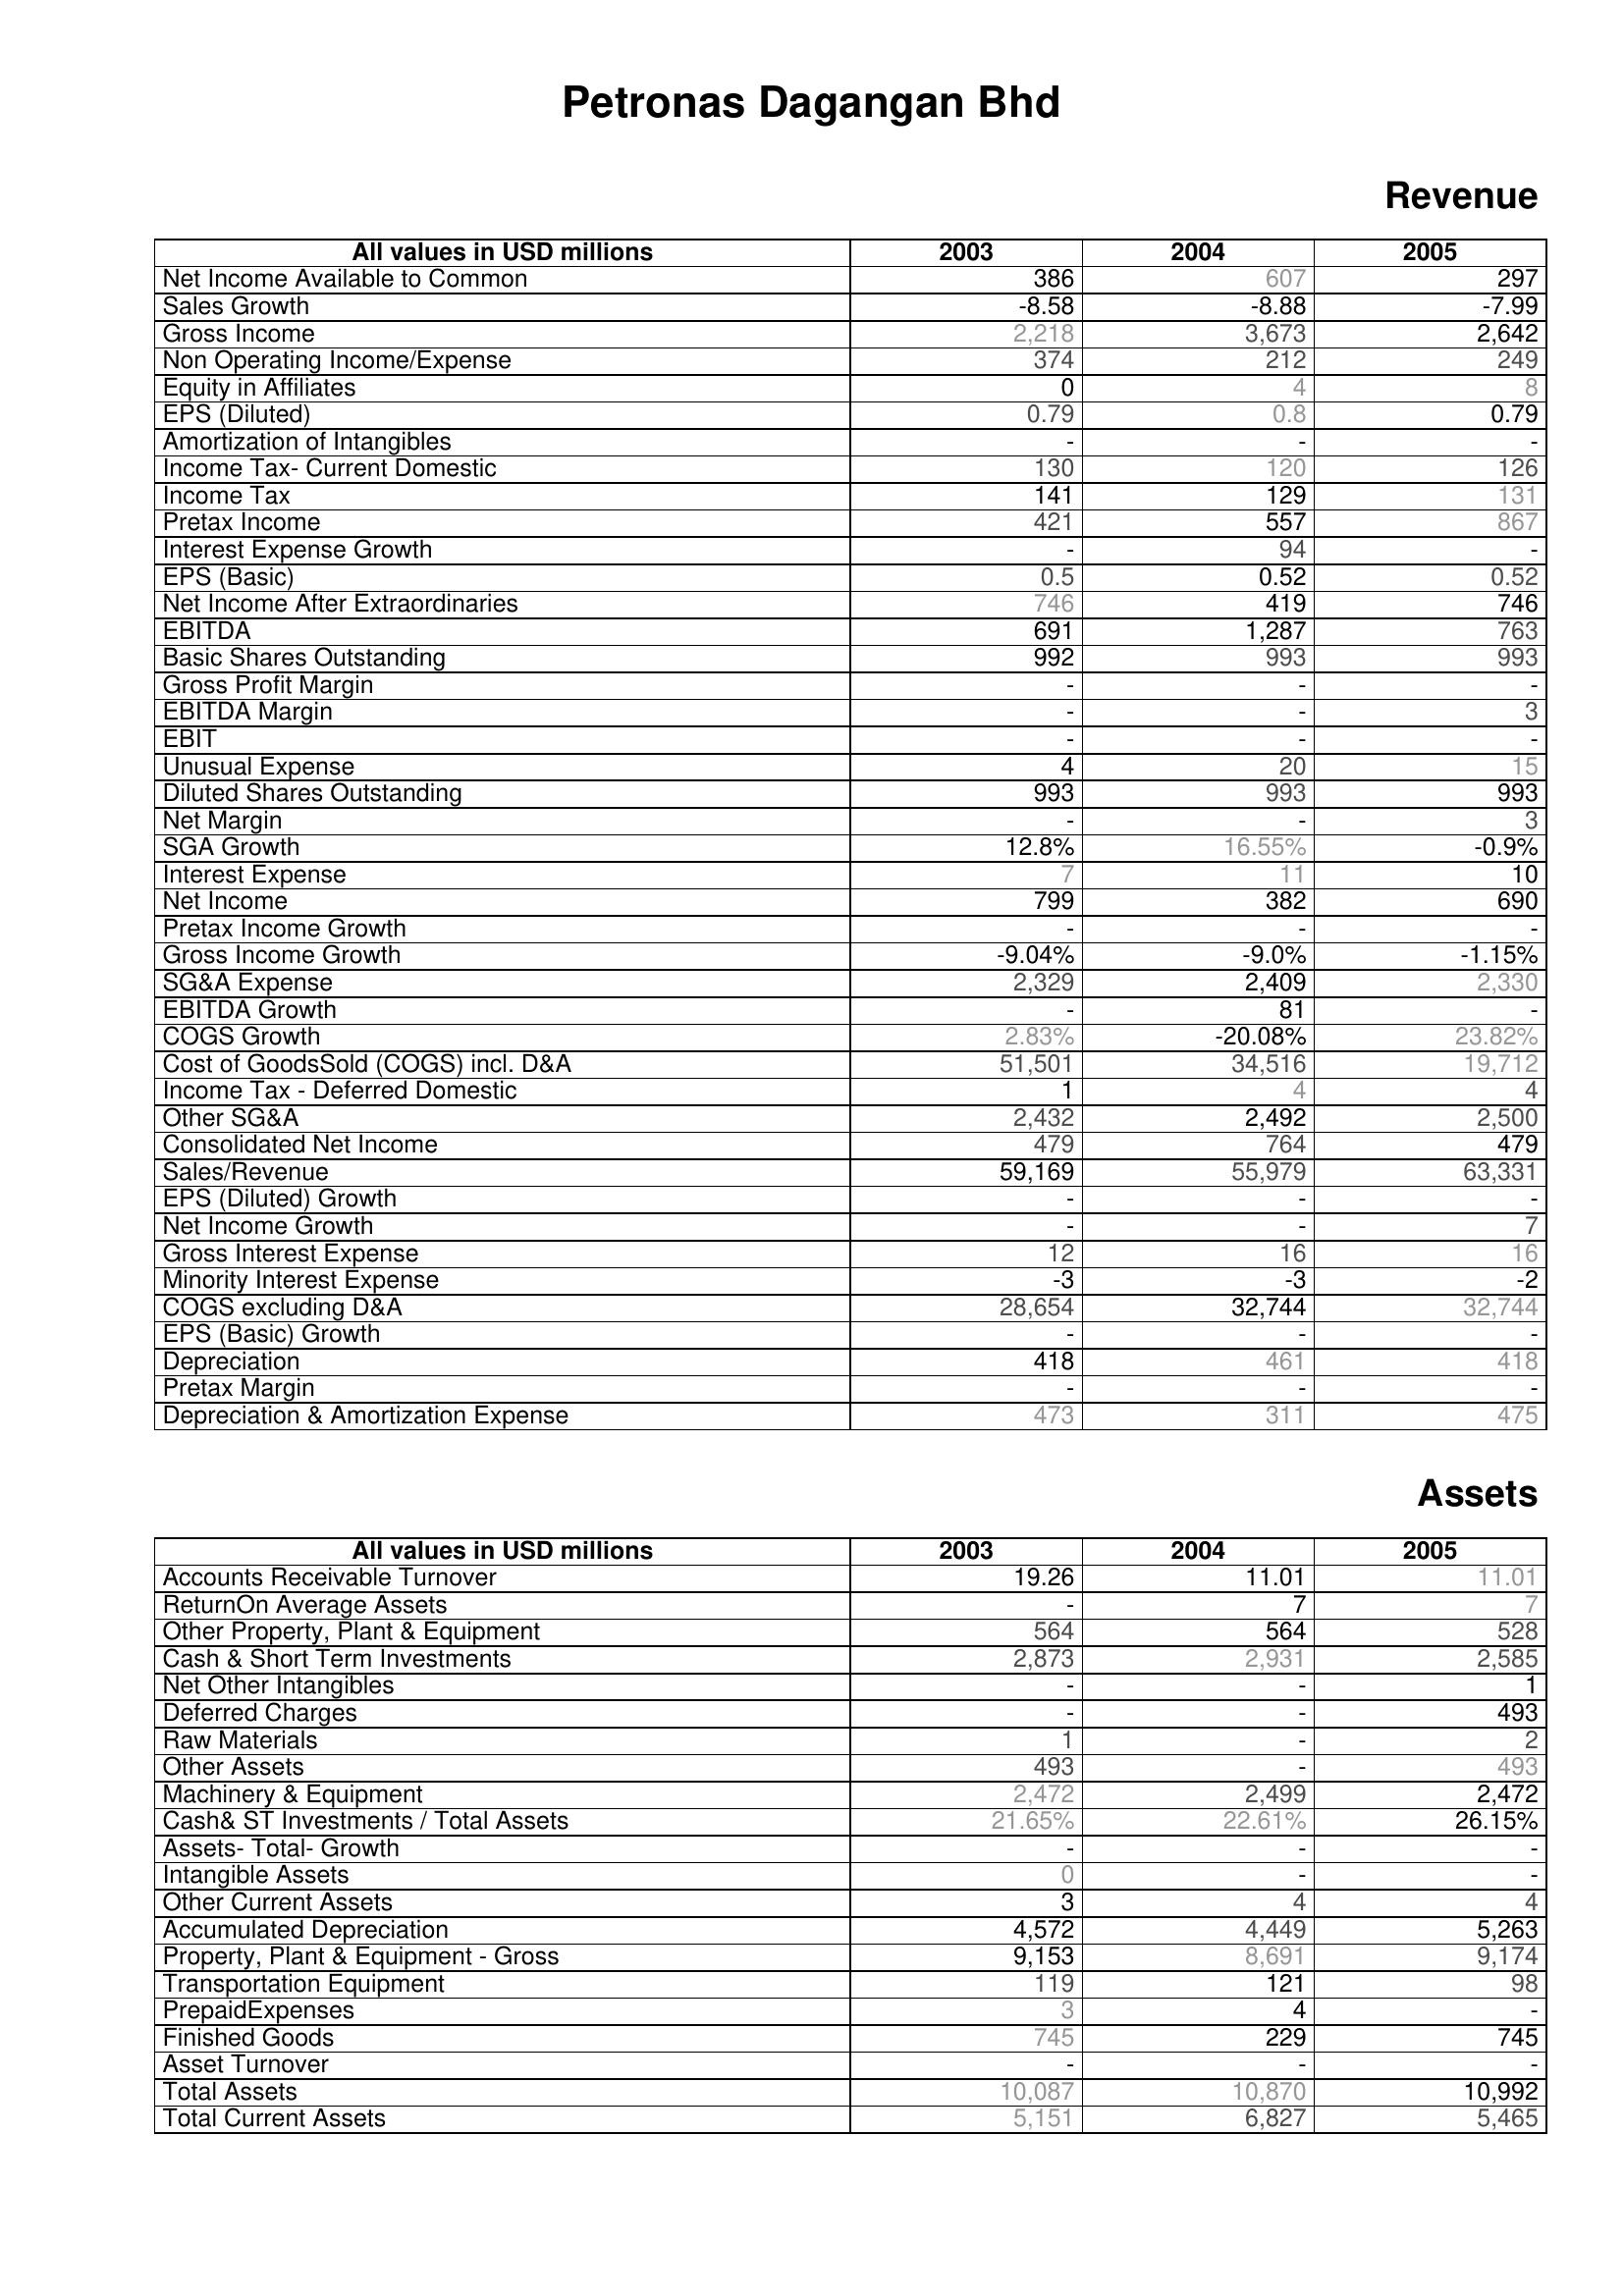
2003: Revenue: Net Income Available to Common: 386
Sales Growth: -8.58
Gross Income: 2,218
Non Operating Income/Expense: 374
Equity in Affiliates: 0
EPS (Diluted): 0.79
Amortization of Intangibles: -
Income Tax- Current Domestic: 130
Income Tax: 141
Pretax Income: 421
Interest Expense Growth: -
EPS (Basic): 0.5
Net Income After Extraordinaries: 746
EBITDA: 691
Basic Shares Outstanding: 992
Gross Profit Margin: -
EBITDA Margin: -
EBIT: -
Unusual Expense: 4
Diluted Shares Outstanding: 993
Net Margin: -
SGA Growth: 12.8%
Interest Expense: 7
Net Income: 799
Pretax Income Growth: -
Gross Income Growth: -9.04%
SG&A Expense: 2,329
EBITDA Growth: -
COGS Growth: 2.83%
Cost of GoodsSold (COGS) incl. D&A: 51,501
Income Tax - Deferred Domestic: 1
Other SG&A: 2,432
Consolidated Net Income: 479
Sales/Revenue: 59,169
EPS (Diluted) Growth: -
Net Income Growth: -
Gross Interest Expense: 12
Minority Interest Expense: -3
COGS excluding D&A: 28,654
EPS (Basic) Growth: -
Depreciation: 418
Pretax Margin: -
Depreciation & Amortization Expense: 473
Assets: Accounts Receivable Turnover: 19.26
ReturnOn Average Assets: -
Other Property, Plant & Equipment: 564
Cash & Short Term Investments: 2,873
Net Other Intangibles: -
Deferred Charges: -
Raw Materials: 1
Other Assets: 493
Machinery & Equipment: 2,472
Cash& ST Investments / Total Assets: 21.65%
Assets- Total- Growth: -
Intangible Assets: 0
Other Current Assets: 3
Accumulated Depreciation: 4,572
Property, Plant & Equipment - Gross : 9,153
Transportation Equipment: 119
PrepaidExpenses: 3
Finished Goods: 745
Asset Turnover: -
Total Assets: 10,087
Total Current Assets: 5,151
2004: Revenue: Net Income Available to Common: 607
Sales Growth: -8.88
Gross Income: 3,673
Non Operating Income/Expense: 212
Equity in Affiliates: 4
EPS (Diluted): 0.8
Amortization of Intangibles: -
Income Tax- Current Domestic: 120
Income Tax: 129
Pretax Income: 557
Interest Expense Growth: 94
EPS (Basic): 0.52
Net Income After Extraordinaries: 419
EBITDA: 1,287
Basic Shares Outstanding: 993
Gross Profit Margin: -
EBITDA Margin: -
EBIT: -
Unusual Expense: 20
Diluted Shares Outstanding: 993
Net Margin: -
SGA Growth: 16.55%
Interest Expense: 11
Net Income: 382
Pretax Income Growth: -
Gross Income Growth: -9.0%
SG&A Expense: 2,409
EBITDA Growth: 81
COGS Growth: -20.08%
Cost of GoodsSold (COGS) incl. D&A: 34,516
Income Tax - Deferred Domestic: 4
Other SG&A: 2,492
Consolidated Net Income: 764
Sales/Revenue: 55,979
EPS (Diluted) Growth: -
Net Income Growth: -
Gross Interest Expense: 16
Minority Interest Expense: -3
COGS excluding D&A: 32,744
EPS (Basic) Growth: -
Depreciation: 461
Pretax Margin: -
Depreciation & Amortization Expense: 311
Assets: Accounts Receivable Turnover: 11.01
ReturnOn Average Assets: 7
Other Property, Plant & Equipment: 564
Cash & Short Term Investments: 2,931
Net Other Intangibles: -
Deferred Charges: -
Raw Materials: -
Other Assets: -
Machinery & Equipment: 2,499
Cash& ST Investments / Total Assets: 22.61%
Assets- Total- Growth: -
Intangible Assets: -
Other Current Assets: 4
Accumulated Depreciation: 4,449
Property, Plant & Equipment - Gross : 8,691
Transportation Equipment: 121
PrepaidExpenses: 4
Finished Goods: 229
Asset Turnover: -
Total Assets: 10,870
Total Current Assets: 6,827
2005: Revenue: Net Income Available to Common: 297
Sales Growth: -7.99
Gross Income: 2,642
Non Operating Income/Expense: 249
Equity in Affiliates: 8
EPS (Diluted): 0.79
Amortization of Intangibles: -
Income Tax- Current Domestic: 126
Income Tax: 131
Pretax Income: 867
Interest Expense Growth: -
EPS (Basic): 0.52
Net Income After Extraordinaries: 746
EBITDA: 763
Basic Shares Outstanding: 993
Gross Profit Margin: -
EBITDA Margin: 3
EBIT: -
Unusual Expense: 15
Diluted Shares Outstanding: 993
Net Margin: 3
SGA Growth: -0.9%
Interest Expense: 10
Net Income: 690
Pretax Income Growth: -
Gross Income Growth: -1.15%
SG&A Expense: 2,330
EBITDA Growth: -
COGS Growth: 23.82%
Cost of GoodsSold (COGS) incl. D&A: 19,712
Income Tax - Deferred Domestic: 4
Other SG&A: 2,500
Consolidated Net Income: 479
Sales/Revenue: 63,331
EPS (Diluted) Growth: -
Net Income Growth: 7
Gross Interest Expense: 16
Minority Interest Expense: -2
COGS excluding D&A: 32,744
EPS (Basic) Growth: -
Depreciation: 418
Pretax Margin: -
Depreciation & Amortization Expense: 475
Assets: Accounts Receivable Turnover: 11.01
ReturnOn Average Assets: 7
Other Property, Plant & Equipment: 528
Cash & Short Term Investments: 2,585
Net Other Intangibles: 1
Deferred Charges: 493
Raw Materials: 2
Other Assets: 493
Machinery & Equipment: 2,472
Cash& ST Investments / Total Assets: 26.15%
Assets- Total- Growth: -
Intangible Assets: -
Other Current Assets: 4
Accumulated Depreciation: 5,263
Property, Plant & Equipment - Gross : 9,174
Transportation Equipment: 98
PrepaidExpenses: -
Finished Goods: 745
Asset Turnover: -
Total Assets: 10,992
Total Current Assets: 5,465